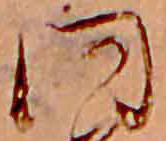
同